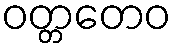
ဝတ္တတေဝ